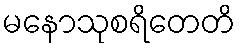
မနောသုစရိတေတိ